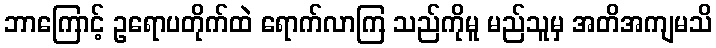
ဘာကြောင့် ဥရောပတိုက်ထဲ ရောက်လာကြ သည်ကိုမူ မည်သူမှ အတိအကျမသိ